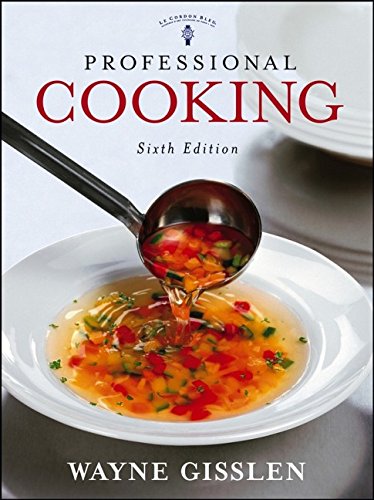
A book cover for Professional Cooking, College Version; Wayne Gisslen; Cookbooks, Food & Wine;